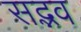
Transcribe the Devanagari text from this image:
सद्भव